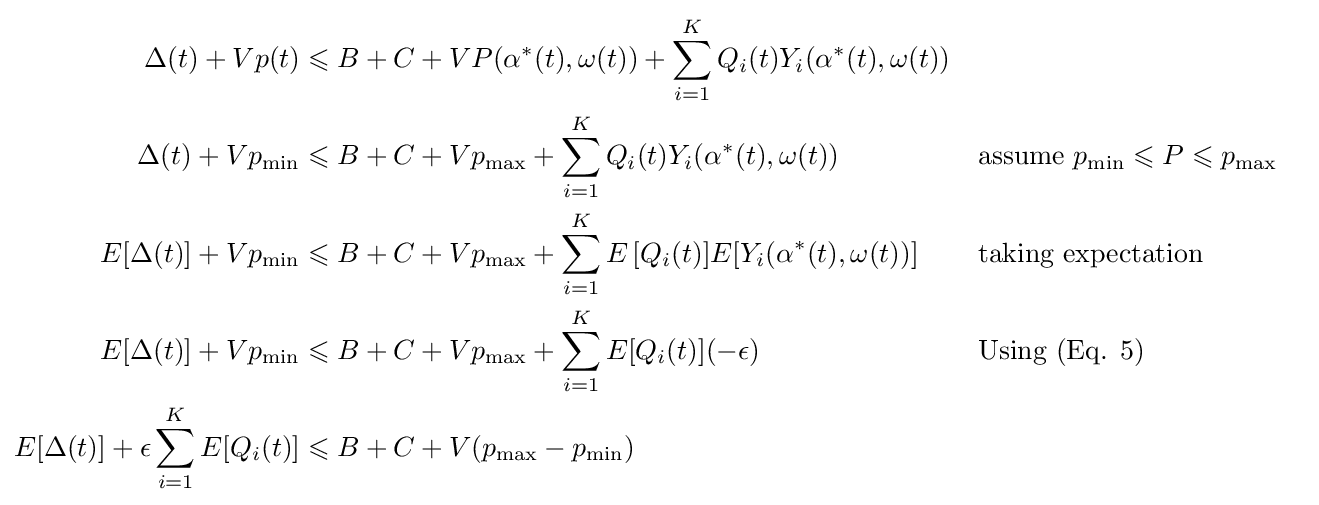
{\begin{aligned}\Delta (t)+Vp(t)&\leqslant B+C+VP(\alpha ^{*}(t),\omega (t))+\sum _{i=1}^{K}Q_{i}(t)Y_{i}(\alpha ^{*}(t),\omega (t))\\\Delta (t)+Vp_{\min }&\leqslant B+C+Vp_{\max }+\sum _{i=1}^{K}Q_{i}(t)Y_{i}(\alpha ^{*}(t),\omega (t))&&{\text{assume }}p_{\min }\leqslant P\leqslant p_{\max }\\E[\Delta (t)]+Vp_{\min }&\leqslant B+C+Vp_{\max }+\sum _{i=1}^{K}E\left[Q_{i}(t)]E[Y_{i}(\alpha ^{*}(t),\omega (t))\right]&&{\text{taking expectation}}\\E[\Delta (t)]+Vp_{\min }&\leqslant B+C+Vp_{\max }+\sum _{i=1}^{K}E[Q_{i}(t)](-\epsilon )&&{\text{Using (Eq. 5)}}\\E[\Delta (t)]+\epsilon \sum _{i=1}^{K}E[Q_{i}(t)]&\leqslant B+C+V(p_{\max }-p_{\min })\end{aligned}}